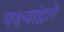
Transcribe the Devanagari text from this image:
पक्ष्यांद्वारे